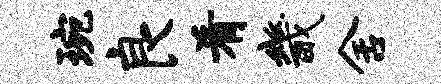
琬良肴畿舍